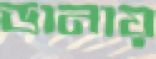
ডানায়